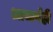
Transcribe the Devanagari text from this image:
आचार्यही